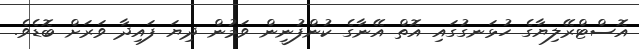
އޮސްޓްރޭލިޔާގެ ހުޅަނގުގައި އޮތް އޭނާގެ ކުންފުނީން ވަމުން ދިޔަ ފައިދާ ވަރަށް ބޮޑެވެ.